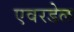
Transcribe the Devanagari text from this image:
एवरडेल